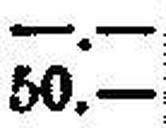
50.—